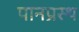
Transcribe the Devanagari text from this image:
पानप्रस्थ